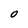
Character: O